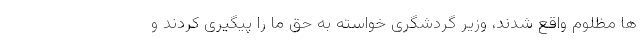
ها مظلوم واقع شدند، وزیر گردشگری خواسته به حق ما را پیگیری کردند و